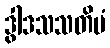
ဒွါဒသသတိမံ